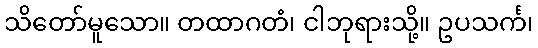
သိတော်မူသော။ တထာဂတံ၊ ငါဘုရားသို့။ ဥပသင်္က၊